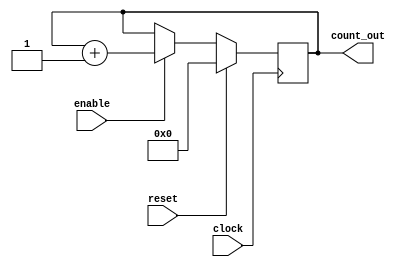
module counter8bit(input clock, input reset, input enable, output [7:0]count_out);

	wire clock, reset, enable;
	reg [7:0] count_out;

	always @(posedge clock) begin
		if (reset == 1'b1) begin
			count_out <= 8'b00000000; #1;
		end
		else if (enable == 1'b1) begin
			count_out <= count_out + 1'b1; #1;
		end
	end

endmodule